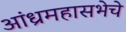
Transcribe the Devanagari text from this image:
आंध्रमहासभेचे